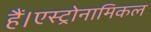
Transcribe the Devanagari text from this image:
हैं।एस्ट्रोनामिकल